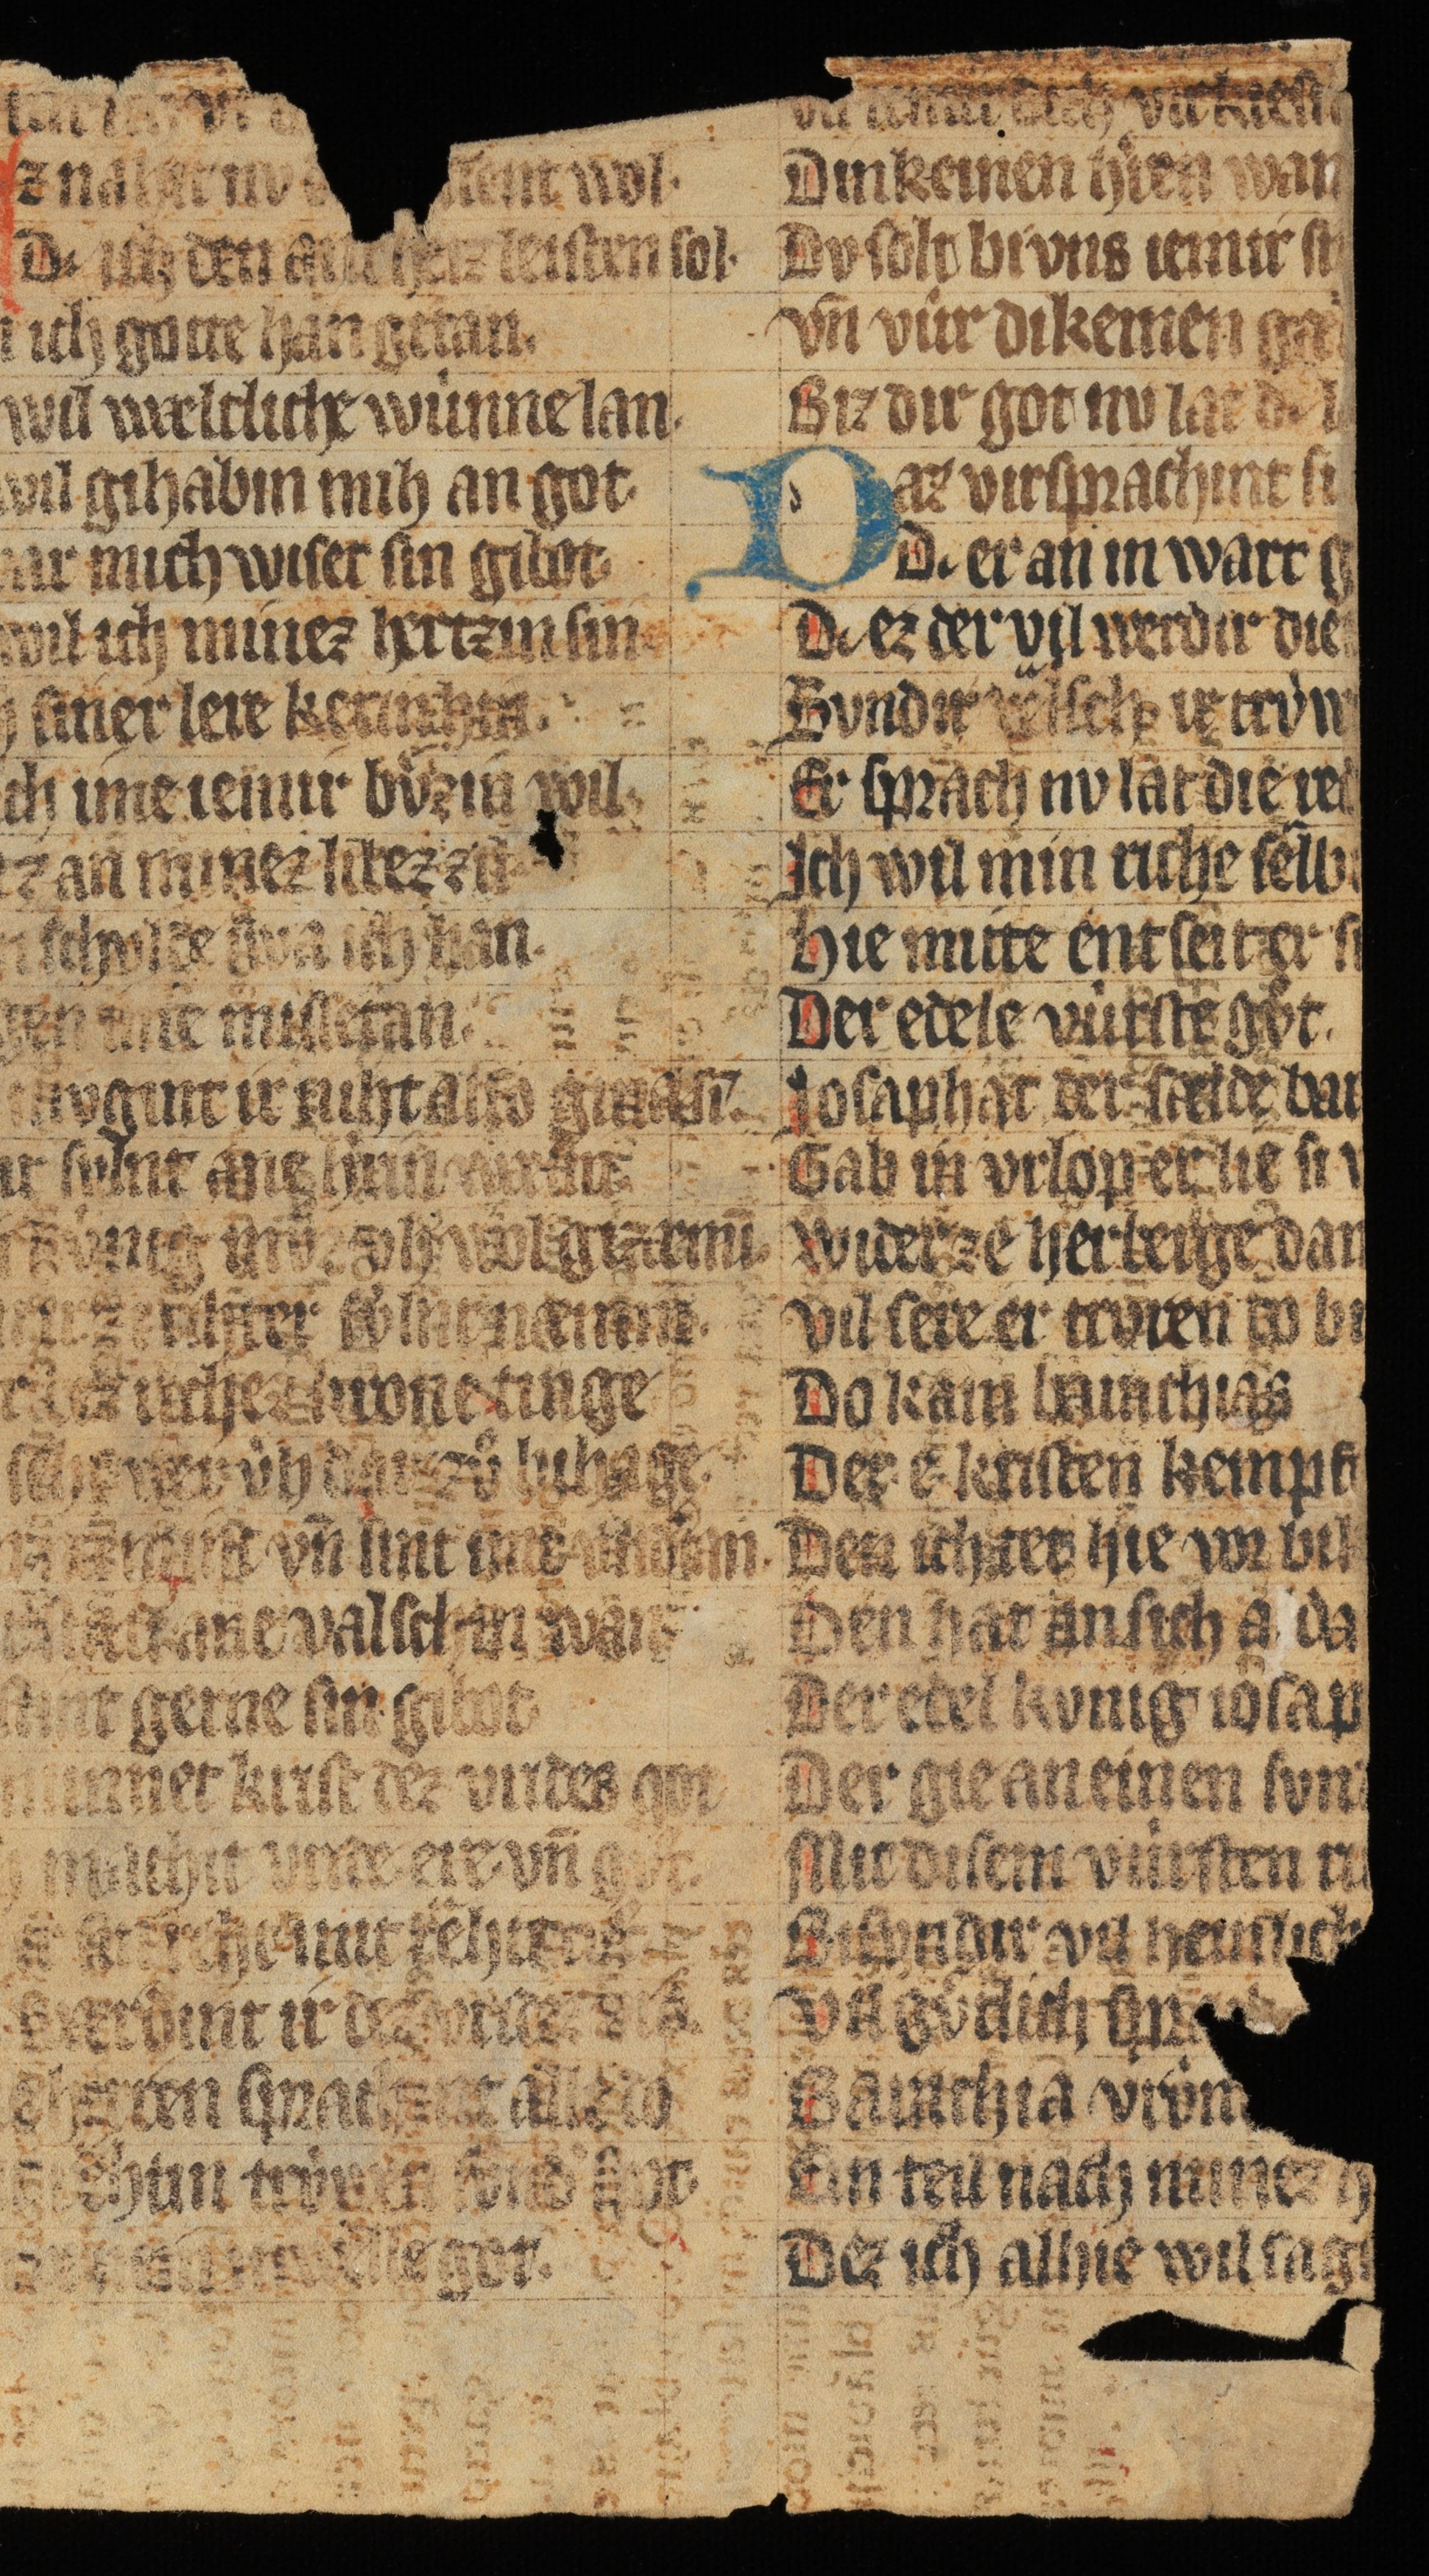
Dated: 1300–1349